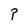
Character: P